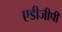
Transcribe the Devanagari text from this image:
एडीजीपी